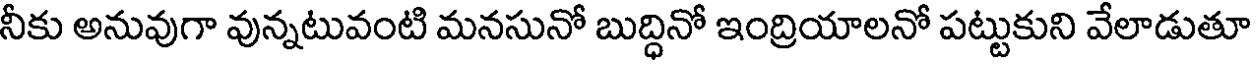
నీకు అనువుగా వున్నటువంటి మనసునో బుద్ధినో ఇంద్రియాలనో పట్టుకుని వేలాడుతూ